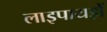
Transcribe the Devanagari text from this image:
लाइपायड़ों